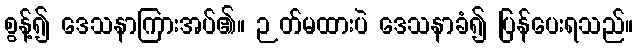
စွန့်၍ ဒေသနာကြားအပ်၏။ ဉတ်မထားပဲ ဒေသနာခံ၍ ပြန်ပေးရသည်။